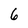
Character: 6